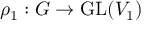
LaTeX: \rho _ { 1 } : G \to { \mathrm { G L } } ( V _ { 1 } )